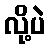
လို့ပဲ